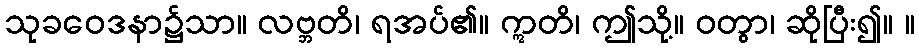
သုခဝေဒနာ၌သာ။ လဗ္ဘတိ၊ ရအပ်၏။ ဣတိ၊ ဤသို့။ ဝတွာ၊ ဆိုပြီး၍။ ။